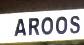
aroos